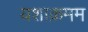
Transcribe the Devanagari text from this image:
यशाक्रमम